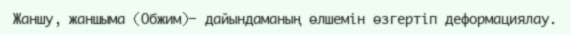
Жаншу, жаншыма (Обжим)— дайындаманың өлшемін өзгертіп деформациялау.